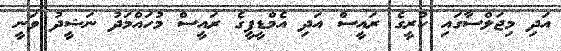
އަދި މިޖަލްސާގައި ކުރީގެ ރައީސް އަދި އެމްޑީޕީގެ ރައީސް މުހައްމަދު ނަޝީދު ވަނީ